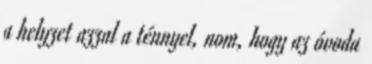
a helyzet azzal a ténnyel, nom, hogy az óvoda